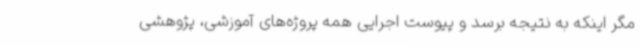
مگر اینکه به نتیجه برسد و پیوست اجرایی همه پروژه‌های آموزشی، پژوهشی